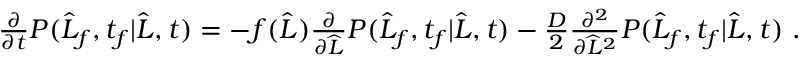
\begin{array} { r } { \frac { \partial } { \partial t } P ( \widehat { L } _ { f } , t _ { f } | \widehat { L } , t ) = - f ( \widehat { L } ) \frac { \partial } { \partial \widehat { L } } P ( \widehat { L } _ { f } , t _ { f } | \widehat { L } , t ) - \frac { D } { 2 } \frac { \partial ^ { 2 } } { \partial \widehat { L } ^ { 2 } } P ( \widehat { L } _ { f } , t _ { f } | \widehat { L } , t ) \ . } \end{array}